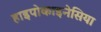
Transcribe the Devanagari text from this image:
हाइपोकाइनेसिया